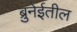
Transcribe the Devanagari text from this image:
ब्रुनेईतील